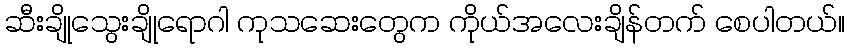
ဆီးချိုသွေးချိုရောဂါ ကုသဆေးတွေက ကိုယ်အလေးချိန်တက် စေပါတယ်။